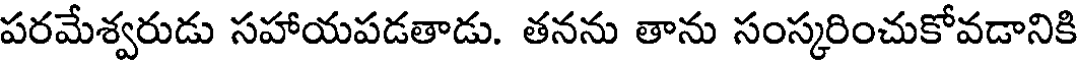
పరమేశ్వరుడు సహాయపడతాడు. తనను తాను సంస్కరించుకోవడానికి